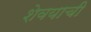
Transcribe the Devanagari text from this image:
शेवयाची